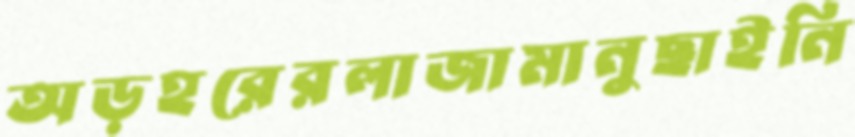
অড়হরেরলাজামানুছাইনি